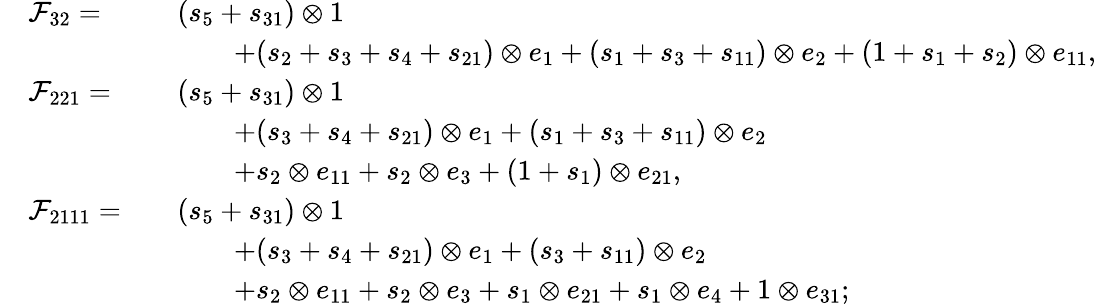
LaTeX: \begin{array}{rlrl}&{\mathcal{F}_{32}=}&&{(s_{5}+s_{31})\otimes 1}\\ &{}&&{\qquad+(s_{2}+s_{3}+s_{4}+s_{21})\otimes e_{1}+(s_{1}+s_{3}+s_{11})\otimes e_{2}+(1+s_{1}+s_{2})\otimes e_{11},}\\ &{\mathcal{F}_{221}=}&&{(s_{5}+s_{31})\otimes 1}\\ &{}&&{\qquad+(s_{3}+s_{4}+s_{21})\otimes e_{1}+(s_{1}+s_{3}+s_{11})\otimes e_{2}}\\ &{}&&{\qquad+s_{2}\otimes e_{11}+s_{2}\otimes e_{3}+(1+s_{1})\otimes e_{21},}\\ &{\mathcal{F}_{2111}=}&&{(s_{5}+s_{31})\otimes 1}\\ &{}&&{\qquad+(s_{3}+s_{4}+s_{21})\otimes e_{1}+(s_{3}+s_{11})\otimes e_{2}}\\ &{}&&{\qquad+s_{2}\otimes e_{11}+s_{2}\otimes e_{3}+s_{1}\otimes e_{21}+s_{1}\otimes e_{4}+1\otimes e_{31};}\end{array}